Vaccination report Assam 1874-1896 - 1874-1896
Year: 1874
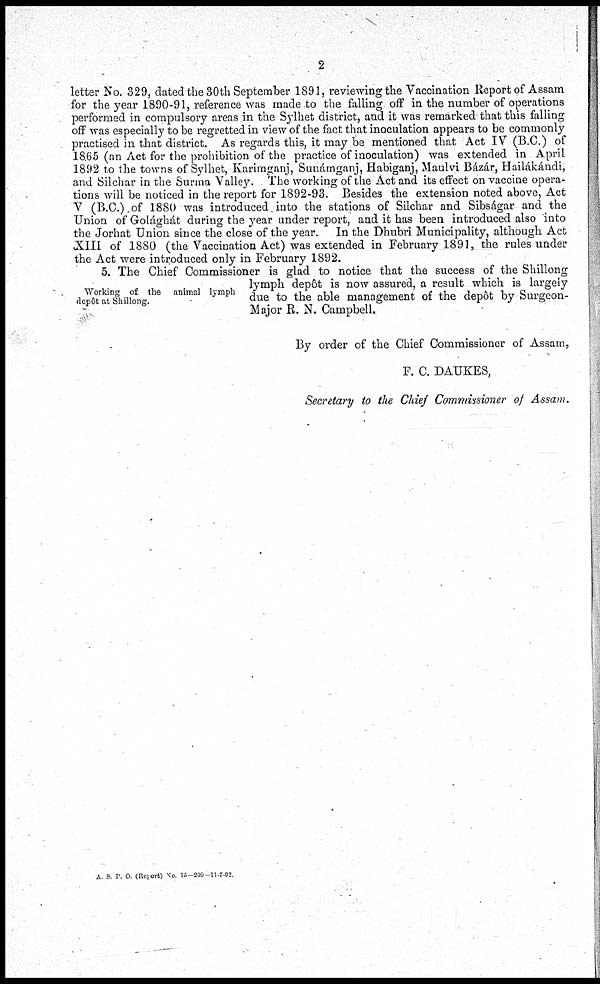
2
letter No. 329, dated the 30th September 1891, reviewing the Vaccination Report of Assam
for the year 1890-91, reference was made to the falling off in the number of operations
performed in compulsory areas in the Sylhet district, and it was remarked that this falling
off was especially to be regretted in view of the fact that inoculation appears to be commonly
practised in that district. As regards this, it may be mentioned that Act IV (B.C.) of
1865 (an Act for the prohibition of the practice of inoculation) was extended in April
1892 to the towns of Sylhet, Karirnganj, Sunámganj, Habiganj, Maulvi Bázár, Hailákándi,
and Silchar in the Surina Valley. The working of the Act and its effect on vaccine opera-
tions will be noticed in the report for 1892-93. Besides the extension noted above, Act
V (B.C.) of 1880 was introduced into the stations of Silchar and Sibságar and the
Union of Golághát during the year under report, and it has been introduced also into
the Jorhat Union since the close of the year. In the Dhubri Municipality, although Act
XIII of 1880 (the Vaccination Act) was extended in February 1891, the rules under
the Act were introduced only in February 1892.
Working of the animal lymph
depôt at Shillong.
5. The Chief Commissioner is glad to notice that the success of the Shillong
lymph depôt is now assured, a result which is largely
due to the able management of the depôt by Surgeon-
Major R. N. Campbell.
By order of the Chief Commissioner of Assam,
F. C. DAUKES,
Secretary to the Chief Commissioner of Assam.
A S P O (Report) No 15-200-11-7-92